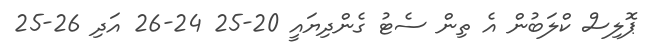
ޕޮލިސް ކްލަބުން އެ ތިން ސެޓު ގެންދިޔައީ 20-25 24-26 އަދި 26-25